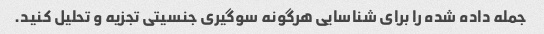
جمله داده شده را برای شناسایی هرگونه سوگیری جنسیتی تجزیه و تحلیل کنید.